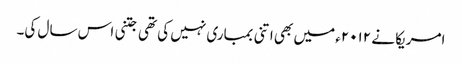
امریکا نے ۲۰۱۲ء میں بھی اتنی بمباری نہیں کی تھی جتنی اس سال کی۔